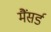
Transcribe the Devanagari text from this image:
मैंसर्ड